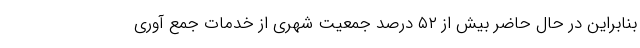
بنابراین در حال حاضر بیش از ۵۲ درصد جمعیت شهری از خدمات جمع آوری